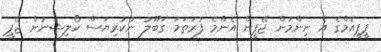
ޕީޕީއެމްގެ އެ ނިންމުން ޖޭޕީން އެންމެ ފުރަތަމަ ގަބޫލު ނުކުރިޔަސް ކޯލިޝަނުން ޖޭޕީ